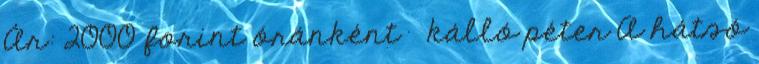
Ár: 2000 forint óránként kálló péter A hátsó